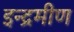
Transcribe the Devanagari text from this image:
इन्द्रमीण